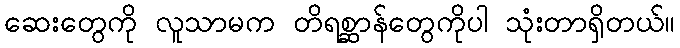
ဆေးတွေကို လူသာမက တိရစ္ဆာန်တွေကိုပါ သုံးတာရှိတယ်။